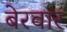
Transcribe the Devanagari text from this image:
बेरवार